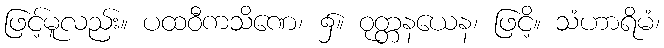
ဖြင့်မူလည်း။ ပထဝီကသိဏေ၊ ၌။ ဝုတ္တနယေန၊ ဖြငိ့။ သံဟာရိမံ၊